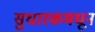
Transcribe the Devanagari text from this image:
सुधारकमधून